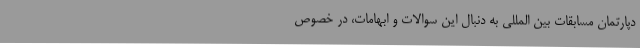
دپارتمان مسابقات بین المللی به دنبال این سوالات و ابهامات، در خصوص